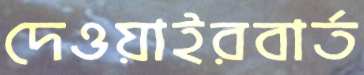
দেওয়াইরবার্ত